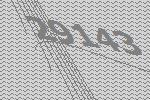
29143